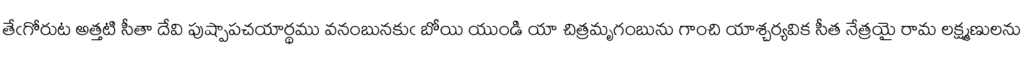
తేఁగోరుట అత్తటి సీతా దేవి పుష్పాపచయార్థము వనంబునకుఁ బోయి యుండి యా చిత్రమృగంబును గాంచి యాశ్చర్యవిక సీత నేత్రయై రామ లక్ష్మణులను